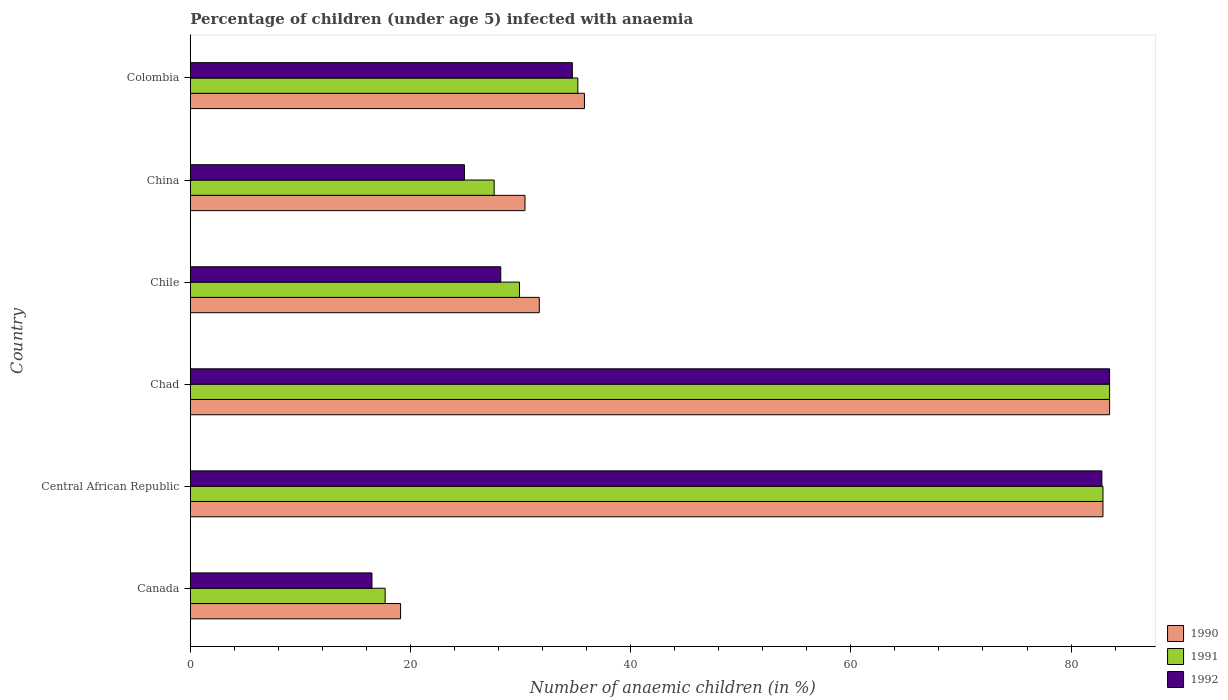
| Country | 1990 | 1991 | 1992 |
 | --- | --- | --- | --- |
 | Canada | 19.1 | 17.7 | 16.5 |
 | Central African Republic | 82.9 | 82.9 | 82.8 |
 | Chad | 83.5 | 83.5 | 83.5 |
 | Chile | 31.7 | 29.9 | 28.2 |
 | China | 30.4 | 27.6 | 24.9 |
 | Colombia | 35.8 | 35.2 | 34.7 |